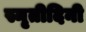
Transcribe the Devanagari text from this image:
स्मृतीदिनी